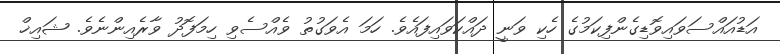
އަޑުއައްސަވައިވޮޑިގެންފިކަމުގެ ހެކި ވަނީ ދައްކަވައިފައެވެ. ހަމަ އެވަގުތު ވެއްސެވި ހިމަފޮދު ވާރެއިންނެވެ. ޝައިޚް